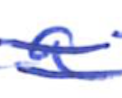
Text: a
Cross-out: double-line
Writing tool: ballpoint